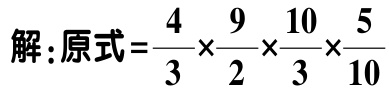
解：原式=\(\frac{4}{3} \times \frac{9}{2} \times \frac{10}{3} \times \frac{5}{10}\)